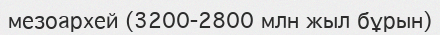
мезоархей (3200-2800 млн жыл бұрын)